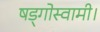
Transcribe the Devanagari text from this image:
षड्गोस्वामी।